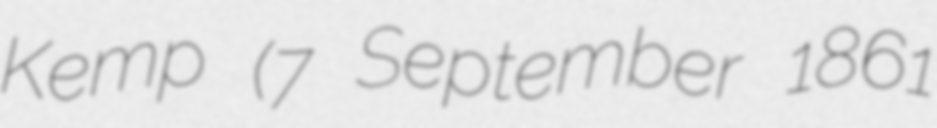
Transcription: Kemp (7 September 1861